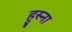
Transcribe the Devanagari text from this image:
हुस्ना